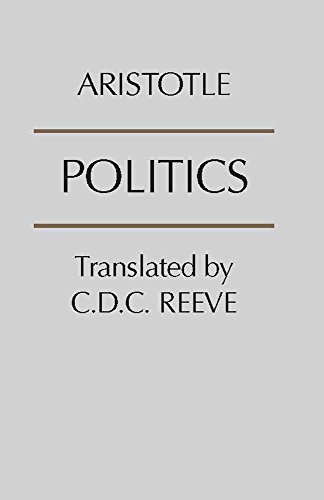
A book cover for Politics; Aristotle; Politics & Social Sciences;